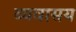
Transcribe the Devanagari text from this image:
व्यवासय